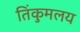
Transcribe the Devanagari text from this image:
तिंकुमलय